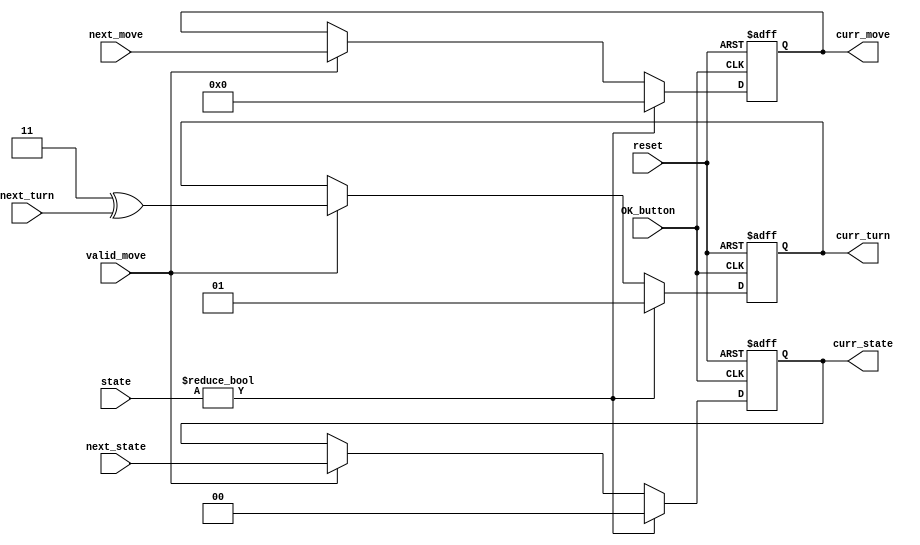
module update (
	input OK_button, reset,

	input valid_move,
	input [17:0] next_move,
	output reg [17:0] curr_move,

	input [1:0] state,
	input [1:0] next_state,
	output reg [1:0] curr_state,

	input [1:0] next_turn,
	output reg [1:0] curr_turn
);

parameter 	A = 2'b01,		// 1
			B = 2'b10;		// 2

parameter 	PLAY = 2'b00,	// 0
			Awin = 2'b01,	// 1
			Bwin = 2'b10,	// 2
			DRAW = 2'b11;	// 3

always @(posedge OK_button or posedge reset)
begin
	if (reset)
	begin
		curr_move <= 18'd0;
		curr_state <= DRAW;
		curr_turn <= A;
	end
	else
	if (state != PLAY)
	begin
		curr_move <= 18'd0;
		curr_state <= PLAY;
		curr_turn <= A;
	end
	else
	if (valid_move)
	begin
		curr_move <= next_move;
		curr_state <= next_state;
		curr_turn <= (A^B)^next_turn;
	end
end

endmodule